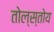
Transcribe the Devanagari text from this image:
तोल्स्तोय